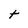
Character: t